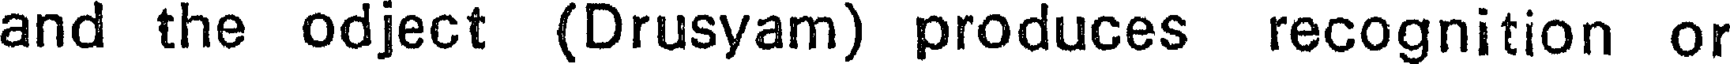
and the odject (Drusyam) produces recognition or